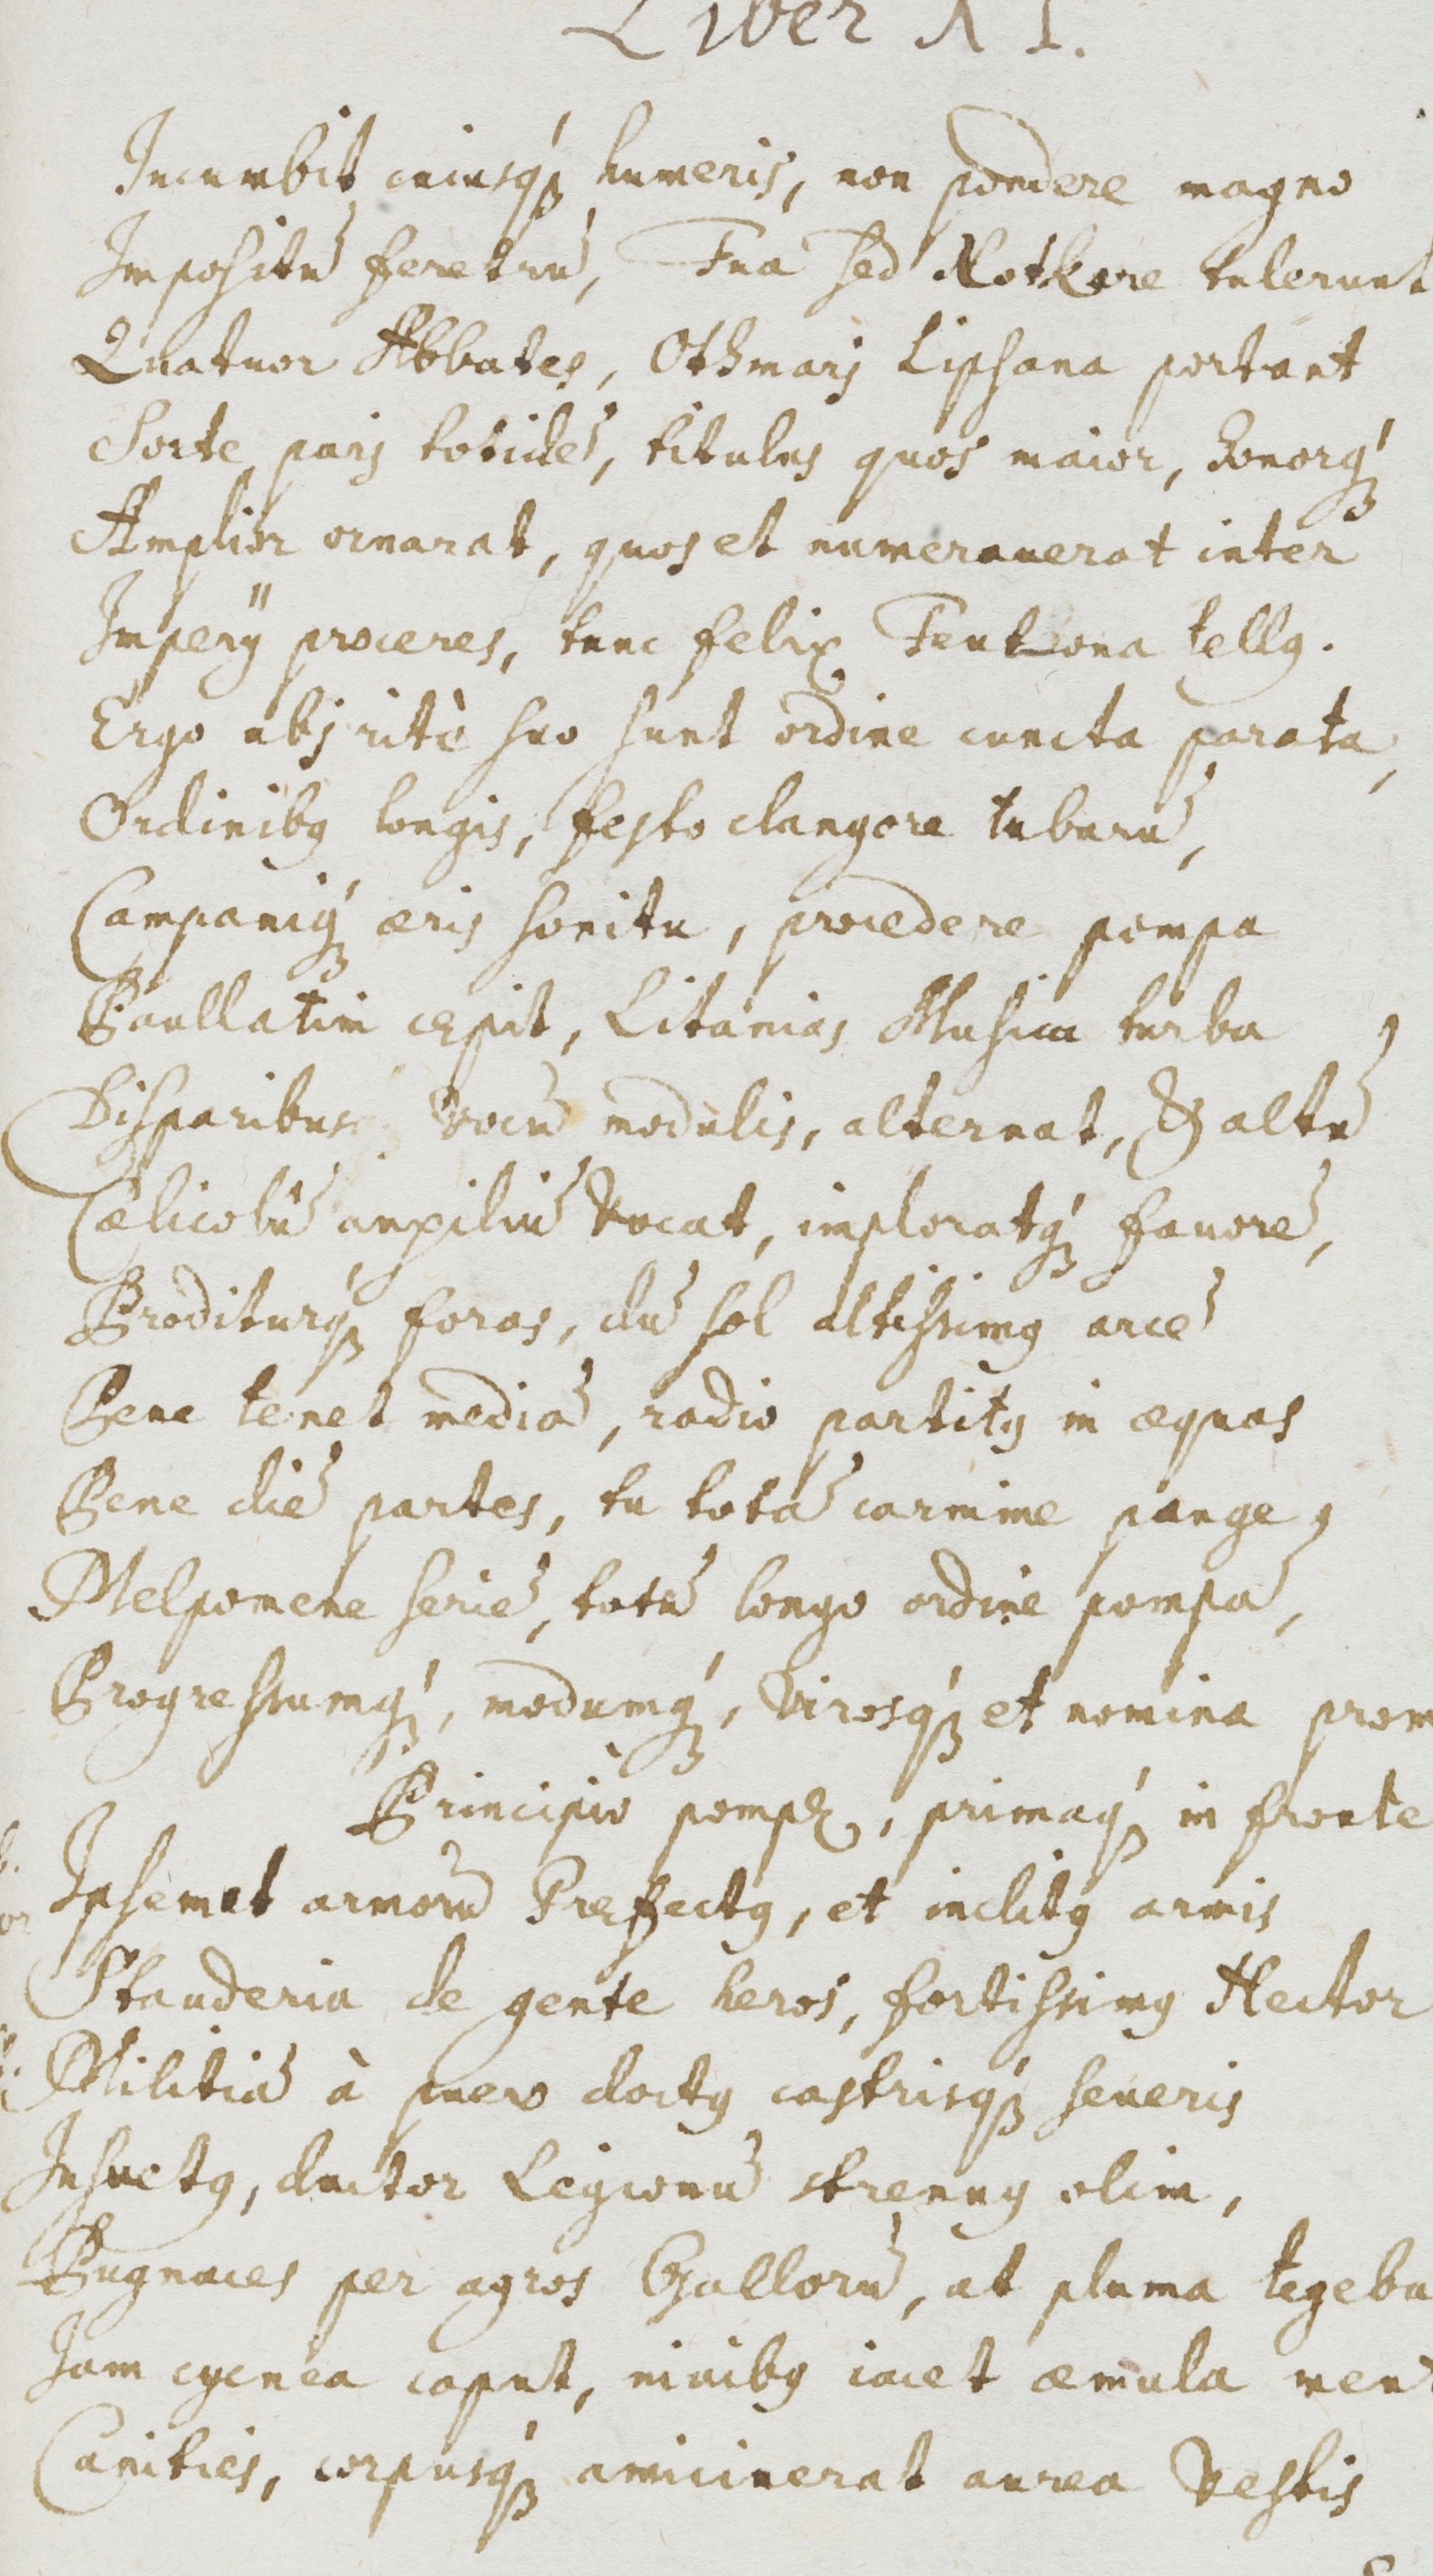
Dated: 1500–1599